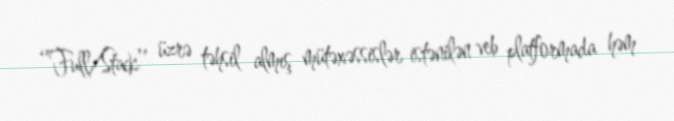
‘’Full/Stack’’ üzrə təhsil almış mütəxəssislər istənilən veb platformada həm